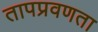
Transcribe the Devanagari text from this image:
तापप्रवणता